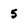
Character: 5